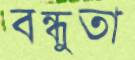
বন্ধুতা